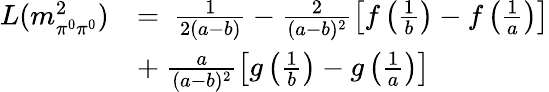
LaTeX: \begin{array}{rl}{{L(m_{\pi^{0}\pi^{0}}^{2})}}&{{=\ \frac{1}{2(a-b)}-\frac{2}{(a-b)^{2}}\left[f\left(\frac{1}{b}\right)-f\left(\frac{1}{a}\right)\right]}}\\ {{}}&{{+\ \frac{a}{(a-b)^{2}}\left[g\left(\frac{1}{b}\right)-g\left(\frac{1}{a}\right)\right]\ }}\end{array}